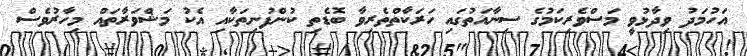
އަހުމަދު ވިދާޅުވީ މަސްވެރިކަމުގެ ސިނާއަތުގައި ހަރަކާތްތެރިވާ ބޮޑެތި ކުންފުނިތަކާއި އެކު މަޝްވަރާތައް މިހާރުވެސް